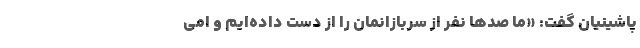
پاشینیان گفت: «ما صدها نفر از سربازانمان را از دست داده‌ایم و امی